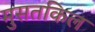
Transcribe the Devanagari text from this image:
मुसतकिल